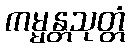
ကမ္မန္တသုတ္တံ